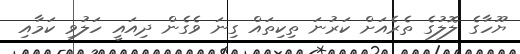
ޔޫހާގެ ލޮލުގެ ތެރެއަށް ކަރުނަ ތިކިތައް ގިނަ ވެގެން ދިއައީ ހަލުވި ކަމާއި